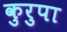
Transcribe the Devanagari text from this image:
कुरुपा